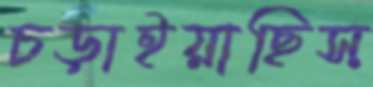
চড়াইয়াছিস